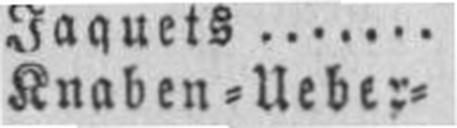
Knaben=Ueber=